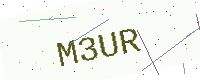
Text: M3UR